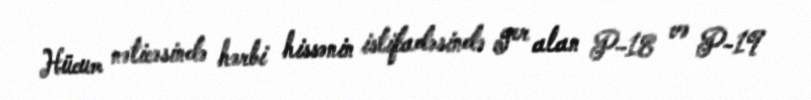
Hücum nəticəsində hərbi hissənin istifadəsində yer alan P-18 və P-19